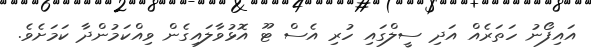
އައިފޯނު ހަތަރެއް އަދި ސީލްގައި ހުރި އެސް ޓޫ އޮޅުވާލައިގެން ވިއްކަމުންދާ ކަމަށެވެ.